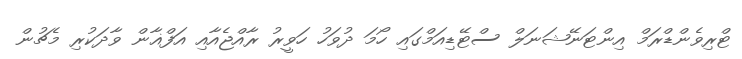
ޓްރިވެންޑްރަމް އިންޓަނޭޝަނަލް ސްޓޭޑިއަމްގައި ހޯމަ ދުވަހު ހަވީރު ރާއްޖެއާއި އަފްޣާން ވާދަކުރި މެޗުން